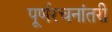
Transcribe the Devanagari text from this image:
पूर्णरचनांतरी